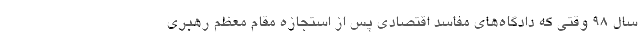
سال 98 وقتی که دادگاه‌های مفاسد اقتصادی پس از استجازه مقام معظم رهبری